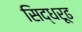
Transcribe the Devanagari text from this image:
सिद्धरूढ